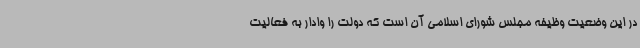
در این وضعیت وظیفه مجلس شورای اسلامی آن است که دولت را وادار به فعالیت